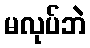
မလုပ်ဘဲ